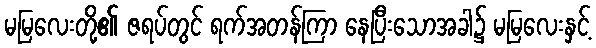
မမြလေးတို့၏ ဇရပ်တွင် ရက်အတန်ကြာ နေပြီးသောအခါ၌ မမြလေးနှင့်